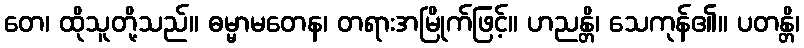
တေ၊ ထိုသူတို့သည်။ ဓမ္မာမတေန၊ တရားအမြိုက်ဖြင့်။ ဟညန္တိ၊ သေကုန်၏။ ပတန္တိ၊